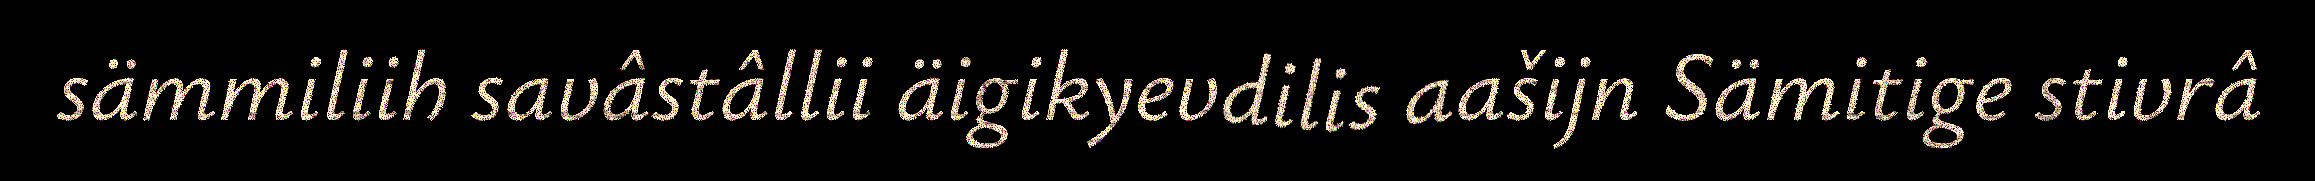
sämmiliih savâstâllii äigikyevdilis aašijn Sämitige stivrâ